Indian journal of veterinary science and animal husbandry - Volumes 18-21, 1948-1951
Year: 1948
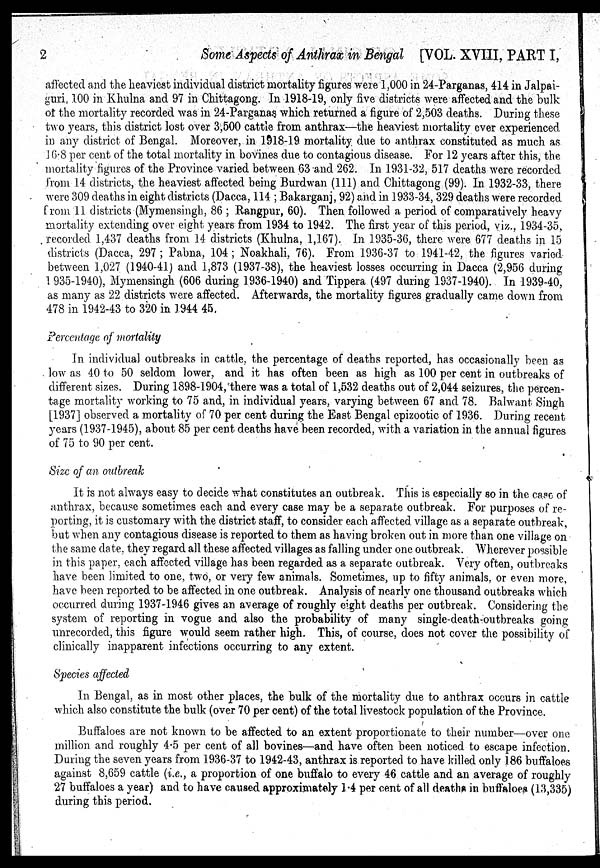
2
Some Aspects of Anthrax in Bengal [VOL. XVIII, PART I,
affected and the heaviest individual district mortality figures were 1,000 in 24-Parganas, 414 in Jalpai-
guri, 100 in Khulna and 97 in Chittagong. In 1918-19, only five districts were affected and the bulk
of the mortality recorded was in 24-Parganas which returned a figure of 2,503 deaths. During these
two years, this district lost over 3,500 cattle from anthrax—the heaviest mortality ever experienced
in any district of Bengal. Moreover, in 1918-19 mortality due to anthrax constituted as much as
16.8 per cent of the total mortality in bovines due to contagious disease. For 12 years after this, the
mortality figures of the Province varied between 63 and 262. In 1931-32, 517 deaths were recorded
from 14 districts, the heaviest affected being Burdwan (111) and Chittagong (99). In 1932-33, there
were 309 deaths in eight districts (Dacca, 114; Bakarganj, 92) and in 1933-34, 329 deaths were recorded
from 11 districts (Mymensingh, 86; Rangpur, 60). Then followed a period of comparatively heavy
mortality extending over eight years from 1934 to 1942. The first year of this period, viz., 1934-35.
recorded. 1,437 deaths from 14 districts (Khulna, 1,167). In 1935-36, there were 677 deaths in 15
districts (Dacca, 297; Pabna, 104; Noakhali, 76). From 1936-37 to 1941-42, the figures varied
between 1,027 (1940-41) and 1,873 (1937-38), the heaviest losses occurring in Dacca (2,956 during
1935-1940), Mymensingh (606 during 1936-1940) and Tippera (497 during 1937-1940). In 1939-40,
as many as 22 districts were affected. Afterwards, the mortality figures gradually came down from
478 in 1942-43 to 320 in 1944 45.
Percentage of mortality
In individual outbreaks in cattle, the percentage of deaths reported, has occasionally been as
low as 40 to 50 seldom lower, and it has often been as high as 100 per cent in outbreaks of
different sizes. During 1898-1904, there was a total of 1,532 deaths out of 2,044 seizures, the percen-
tage mortality working to 75 and, in individual years, varying between 67 and 78. Balwant Singh
[1937] observed a mortality of 70 per cent during the East Bengal epizootic of 1936. During recent
years (1937-1945), about 85 per cent deaths have been recorded, with a variation in the annual figures
of 75 to 90 per cent.
Size of an outbreak
It is not always easy to decide what constitutes an outbreak. This is especially so in the case of
anthrax, because sometimes each and every case may be a separate outbreak. For purposes of re-
porting, it is customary with the district staff, to consider each affected village as a separate outbreak,
but when any contagious disease is reported to them as having broken out in more than one village on
the same date, they regard all these affected villages as falling under one outbreak. Wherever possible
in this paper, each affected village has been regarded as a separate outbreak. Very often, outbreaks
have been limited to one, two, or very few animals. Sometimes, up to fifty animals, or even more,
have been reported to be affected in one outbreak. Analysis of nearly one thousand outbreaks which
occurred during 1937-1946 gives an average of roughly eight deaths per outbreak. Considering the
system of reporting in vogue and also the probability of many single-death-outbreaks going
unrecorded, this figure would seem rather high. This, of course, does not cover the possibility of
clinically inapparent infections occurring to any extent.
Species affected
In Bengal, as in most other places, the bulk of the mortality due to anthrax occurs in cattle
which also constitute the bulk (over 70 per cent) of the total livestock population of the Province.
Buffaloes are not known to be affected to an extent proportionate to their number—over one
million and roughly 4.5 per cent of all bovines—and have often been noticed to escape infection.
During the seven years from 1936-37 to 1942-43, anthrax is reported to have killed only 186 buffaloes
against 8,659 cattle (i.e., a proportion of one buffalo to every 46 cattle and an average of roughly
27 buffaloes a year) and to have caused approximately 1.4 per cent of all deaths in buffaloes (13,335)
during this period.